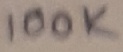
Text: 100K